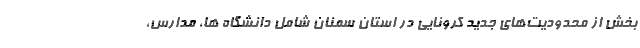
بخش از محدودیت‌های جدید کرونایی در استان سمنان شامل دانشگاه ها، مدارس،